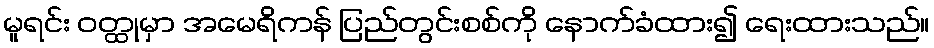
မူရင်း ဝတ္ထုမှာ အမေရိကန် ပြည်တွင်းစစ်ကို နောက်ခံထား၍ ရေးထားသည်။